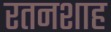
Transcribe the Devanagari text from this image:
रतनशाह